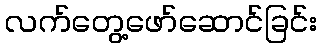
လက်တွေ့ဖော်ဆောင်ခြင်း